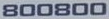
800800